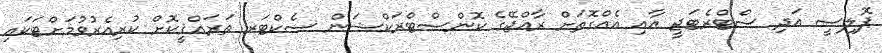
ޕޮލިސީ އަދި ސްޓްރެޓަޖީ އާއި އެއްގޮތަށް ރާއްޖޭގެ ކޮންސްޓްރަކްޝަން ސެކްޓަރ ތަރައްޤީކޮށް ކުރިއެރުވުމަށްޓަކައި